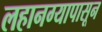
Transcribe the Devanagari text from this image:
लहानग्यापासून